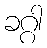
ခဂ္ဂါ